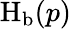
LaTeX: \operatorname{H}_{\mathrm{b}}(p)